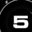
Digit: 5